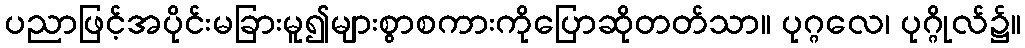
ပညာဖြင့်အပိုင်းမခြားမူ၍များစွာစကားကိုပြောဆိုတတ်သာ။ ပုဂ္ဂလေ၊ ပုဂ္ဂိုလ်၌။